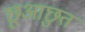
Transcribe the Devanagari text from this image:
छूआछुत